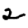
Digit: 2